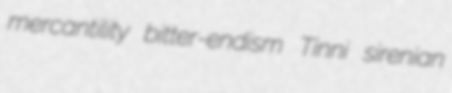
mercantility bitter-endism Tinni sirenian